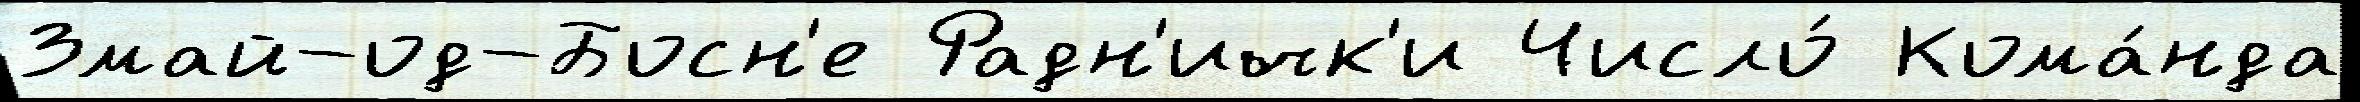
Змай-од-Босн'е Радн'ичк'и Число́ Кома́нда